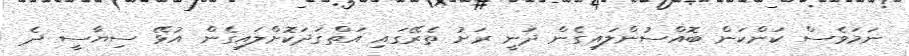
ނަމަވެސް ކަންކަން ބޮއްސުންލައިގެން ދަނީ ރަށު ތެރޭގައި އަތްގަދަކޮށްލައިގެން އުޅޭ ސިޔާސީ ދެ